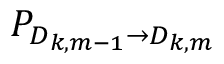
P _ { D _ { k , m - 1 } \rightarrow D _ { k , m } }